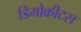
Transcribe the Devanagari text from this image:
डिमोक्रीटस